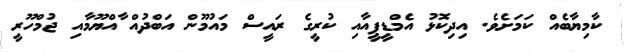
ކާމިޔާބެއް ކަމަށެވެ. އިދިކޮޅު އެމްޑީޕީއާއި ކުރީގެ ރައީސް މައުމޫން އަބްދުއް ާއްޔޫމާއި ޖުމްހޫރީ